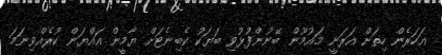
އަހަރެން ހިތަށް އަރަނީ މައުމޫން ބޭނުންފުޅުވި ބަޔަކު ކެބިނެޓަށް ޔާމީން އައްޔަން ކުރެއްވިނަމަ